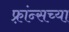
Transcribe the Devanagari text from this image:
फ़्रांन्सच्या